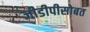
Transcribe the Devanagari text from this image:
जीडीपीसोबत